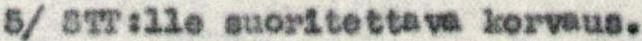
5/ STT:lle suoritettava korvaus.